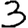
Digit: 3